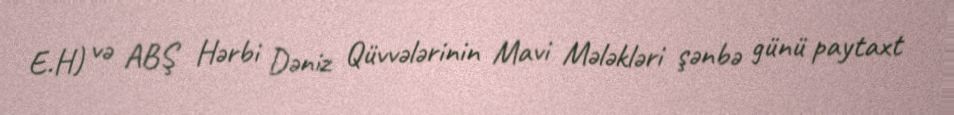
E.H) və ABŞ Hərbi Dəniz Qüvvələrinin Mavi Mələkləri şənbə günü paytaxt